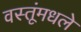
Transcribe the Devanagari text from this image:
वस्तूंमधले